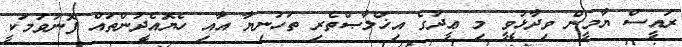
ރައީސް ޔާމީން ވިދާޅުވީ މި ޢީދުގެ އިޚްލާޞްތެރި ތަހުނިޔާ އާއި ހެޔޮއެދުންތައް ފޮނުވުމަކީ